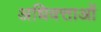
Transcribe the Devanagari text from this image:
अधिवत्ताओं